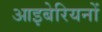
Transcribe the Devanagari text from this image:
आइबेरियनों